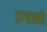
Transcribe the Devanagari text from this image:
उन्चाली